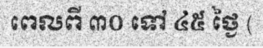
ពេលពី ៣០ ទៅ ៤៥ ថ្ងៃ (